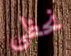
نحظي